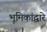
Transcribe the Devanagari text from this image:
भूमिकांद्वारे